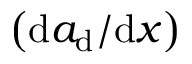
\left( { \mathrm { d } a _ { \mathrm { d } } } / { \mathrm { d } x } \right)